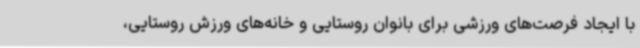
با ایجاد فرصت‌های ورزشی برای بانوان روستایی و خانه‌های ورزش روستایی،